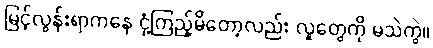
မြင့်လွန်းရာကနေ ငုံ့ကြည့်မိတော့လည်း လူတွေကို မသဲကွဲ။